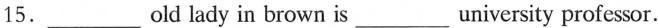
15.___old lady in brown is___university professor.